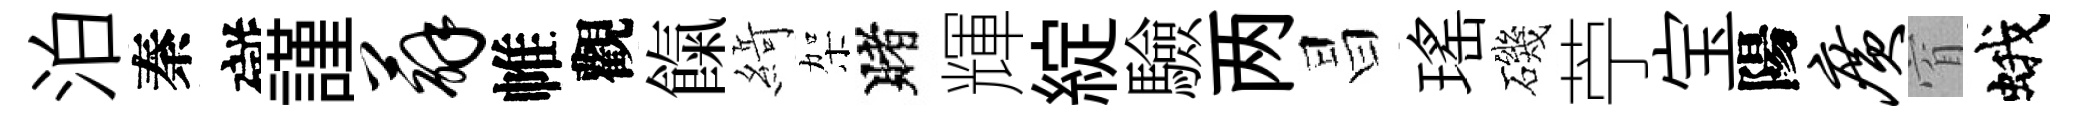
泊秦礙謹薜帷觀餼𦂶架賭輝綻驗两昌瑤磯苧宝陽广窅蛾